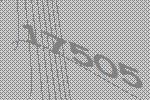
17505